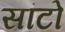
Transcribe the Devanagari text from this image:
सांटो